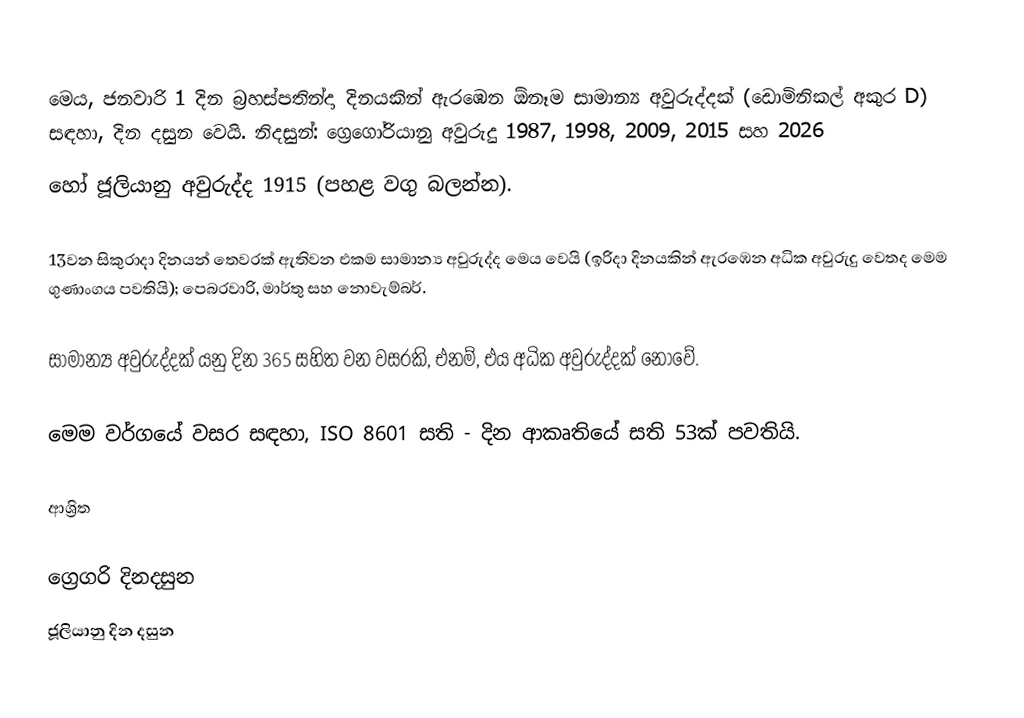
මෙය, ජනවාරි 1 දින බ්‍රහස්පතින්දා දිනයකින් ඇරඹෙන ඕනෑම  සාමාන්‍ය අවුරුද්දක්  (ඩොමිනිකල් අකුර D) සඳහා,  දින දසුන වෙයි. නිදසුන්: ග්‍රෙගෝරියානු අවුරුදු 1987, 1998, 2009, 2015 සහ 2026
හෝ  ජූලියානු අවුරුද්ද 1915 (පහළ වගු බලන්න).

13වන සිකුරාදා  දිනයන් තෙවරක් ඇතිවන එකම සාමාන්‍ය අවුරුද්ද මෙය වෙයි (ඉරිදා දිනයකින් ඇරඹෙන අධික අවුරුදු වෙතද මෙම ගුණාංගය පවතියි); පෙබරවාරි, මාර්තු සහ නොවැම්බර්.

සාමාන්‍ය අවුරුද්දක් යනු දින  365 සහිත වන වසරකි, එනම්,  එය අධික අවුරුද්දක් නොවේ.

මෙම වර්ගයේ වසර සඳහා,  ISO 8601 සති - දින ආකෘතියේ සති 53ක් පවතියි.

ආශ්‍රිත

ග්‍රෙගරි දිනදසුන
ජූලියානු දින දසුන